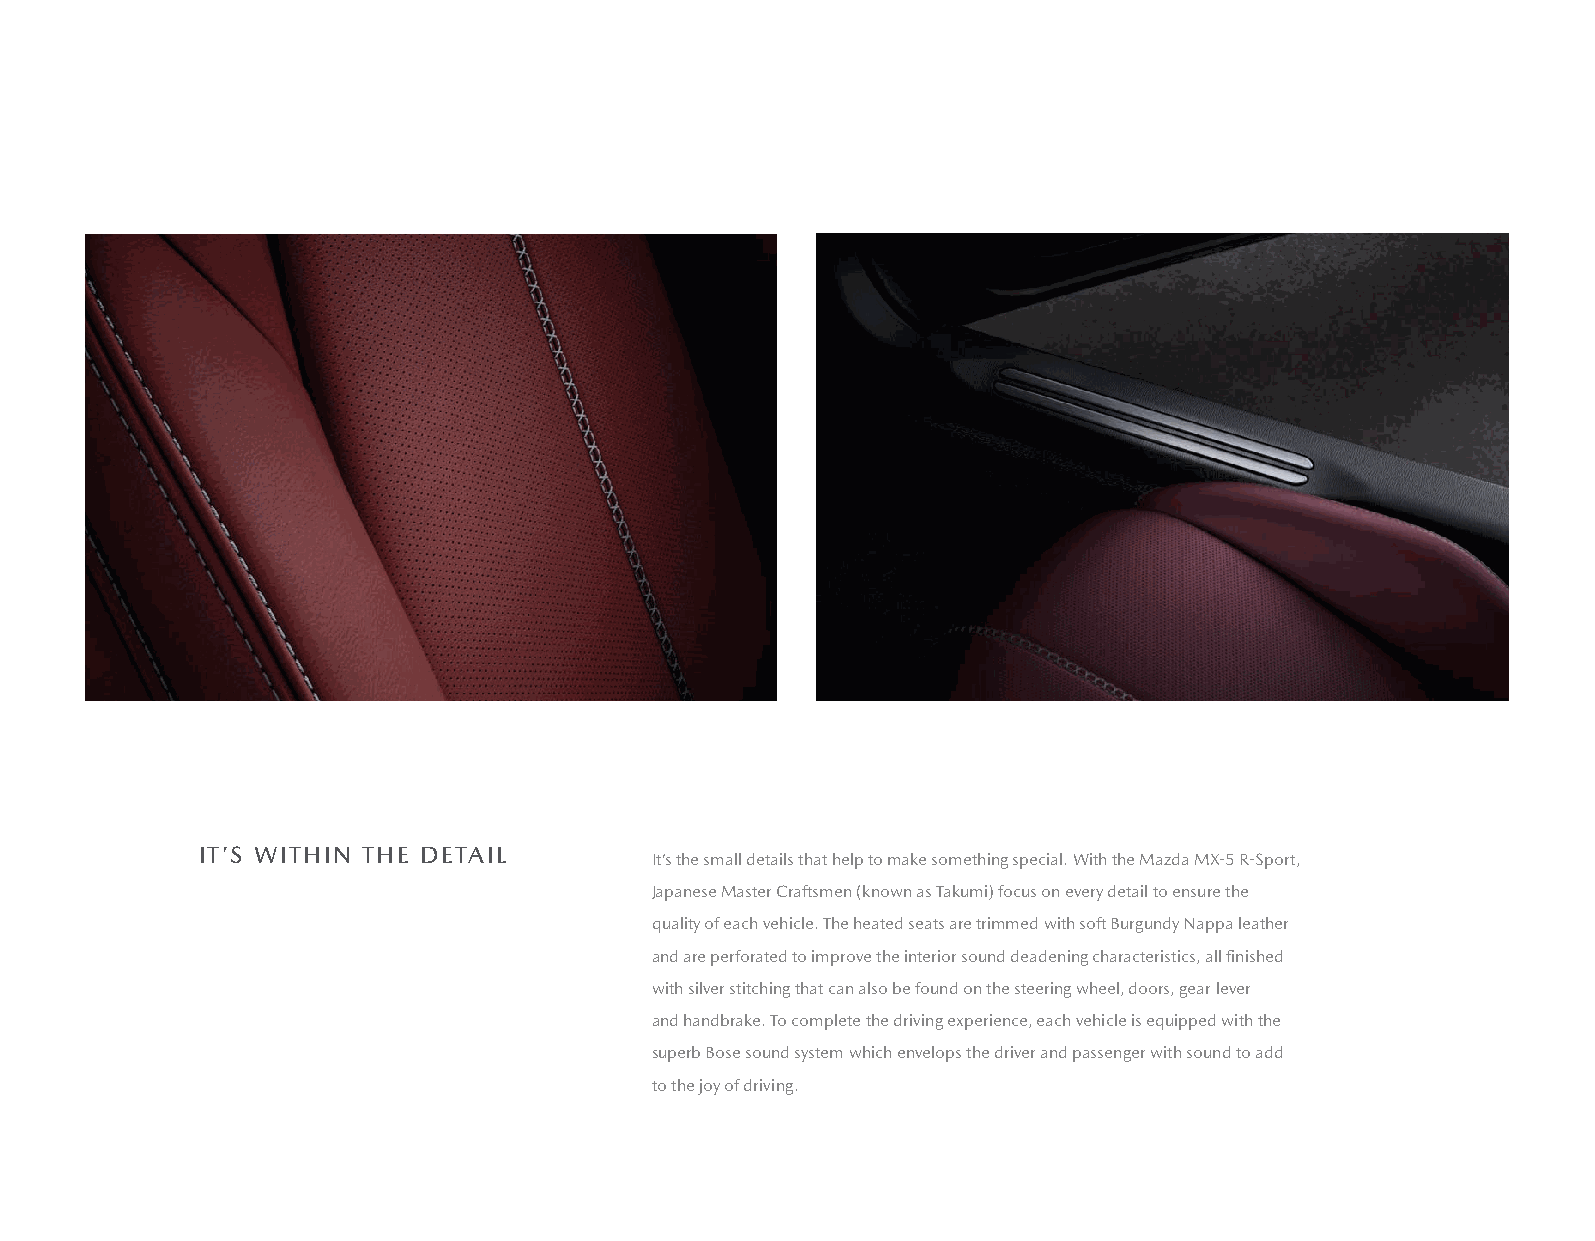
IT’S WITHIN THE DETAIL
 It’s the small details that help to make something special. With the Mazda MX-5 R-Sport,
 Japanese Master Craftsmen (known as Takumi) focus on every detail to ensure the
 quality of each vehicle. The heated seats are trimmed with soft Burgundy Nappa leather
 and are perforated to improve the interior sound deadening characteristics, all finished
 with silver stitching that can also be found on the steering wheel, doors, gear lever
 and handbrake. To complete the driving experience, each vehicle is equipped with the
 superb Bose sound system which envelops the driver and passenger with sound to add
 to the joy of driving.